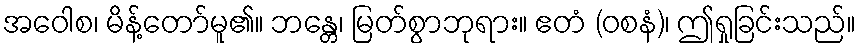
အဝေါစ၊ မိန့်တော်မူ၏။ ဘန္တေ၊ မြတ်စွာဘုရား။ ဧတံ (ဝစနံ)၊ ဤရှုခြင်းသည်။